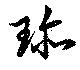
珍